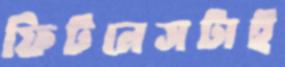
ফিটনেসটাই